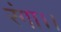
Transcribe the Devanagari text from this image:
रंगा।।